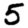
Digit: 5